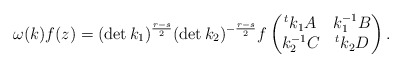
\begin{align*}\omega(k)f(z)=(\det k_1)^{\frac{r-s}{2}}(\det k_2)^{-\frac{r-s}{2}}f\begin{pmatrix}{}^tk_1 A & k_1^{-1}B \\ k_2^{-1}C & {}^tk_2 D\end{pmatrix}.\end{align*}